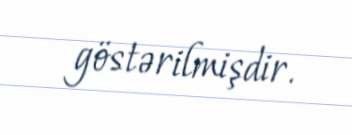
göstərilmişdir.